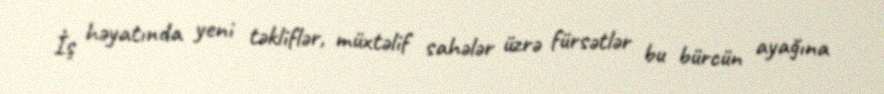
İş həyatında yeni təkliflər, müxtəlif sahələr üzrə fürsətlər bu bürcün ayağına